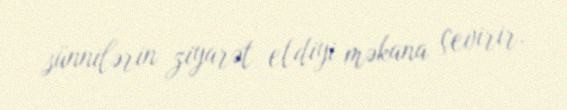
sünnilərin ziyarət etdiyi məkana çevirir.